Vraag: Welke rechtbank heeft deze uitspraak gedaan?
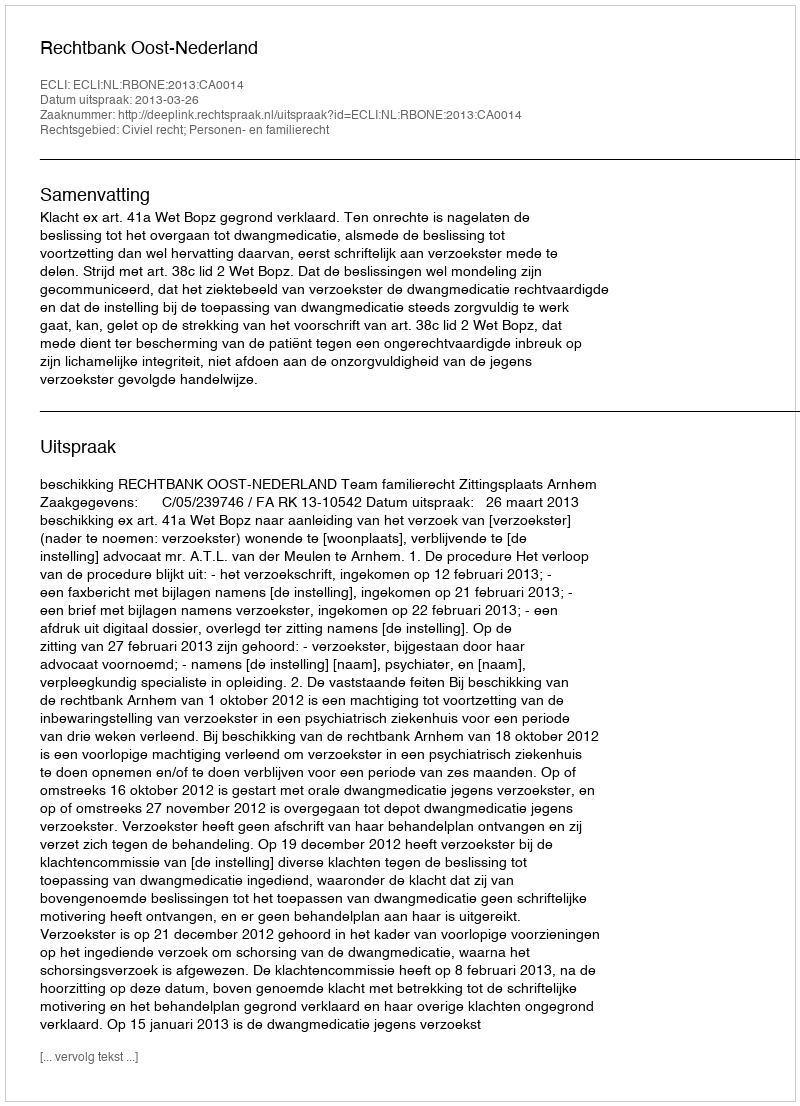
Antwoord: Rechtbank Oost-Nederland